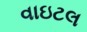
વાઇટલ